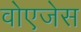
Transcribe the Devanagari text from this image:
वोएजेस